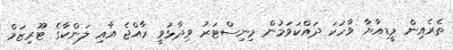
ތެރެއިން މީޑިއާޔާ ވާހަކަ ދައްކަވަމުން މިނިސްޓަރު ވިދާޅުވީ ރާއްޖެ އާއި ލަންކާގެ ޓޫރިޒަމް